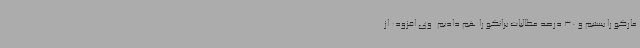
مارکو را بستیم و 30 درصد مطالبات برانکو را هم دادیم. وی افزود: از